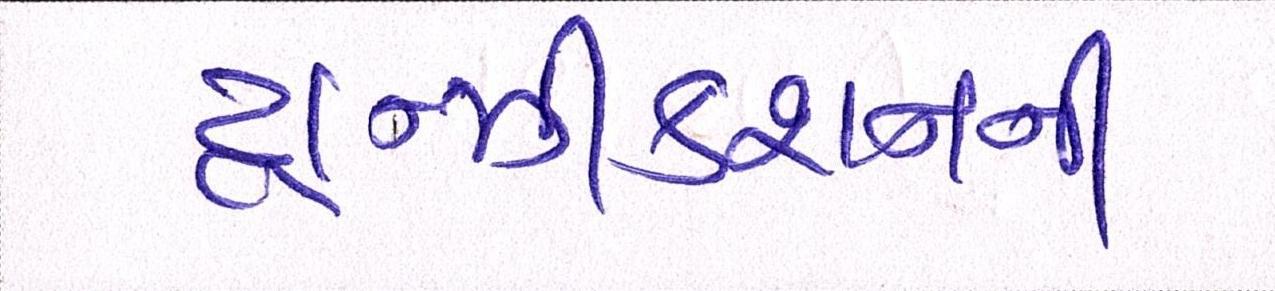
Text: ટ્રાન્ઝીકશનની